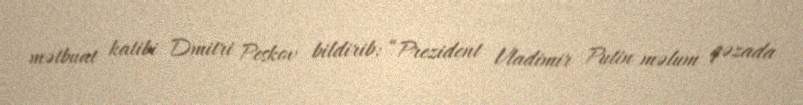
mətbuat katibi Dmitri Peskov bildirib: “Prezident Vladimir Putin məlum qəzada